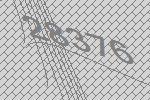
28376